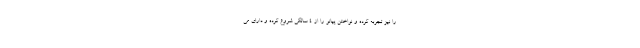
را نیز تجربه کرده و نواختن پیانو را از 4 سالگی شروع کرده و دارای می